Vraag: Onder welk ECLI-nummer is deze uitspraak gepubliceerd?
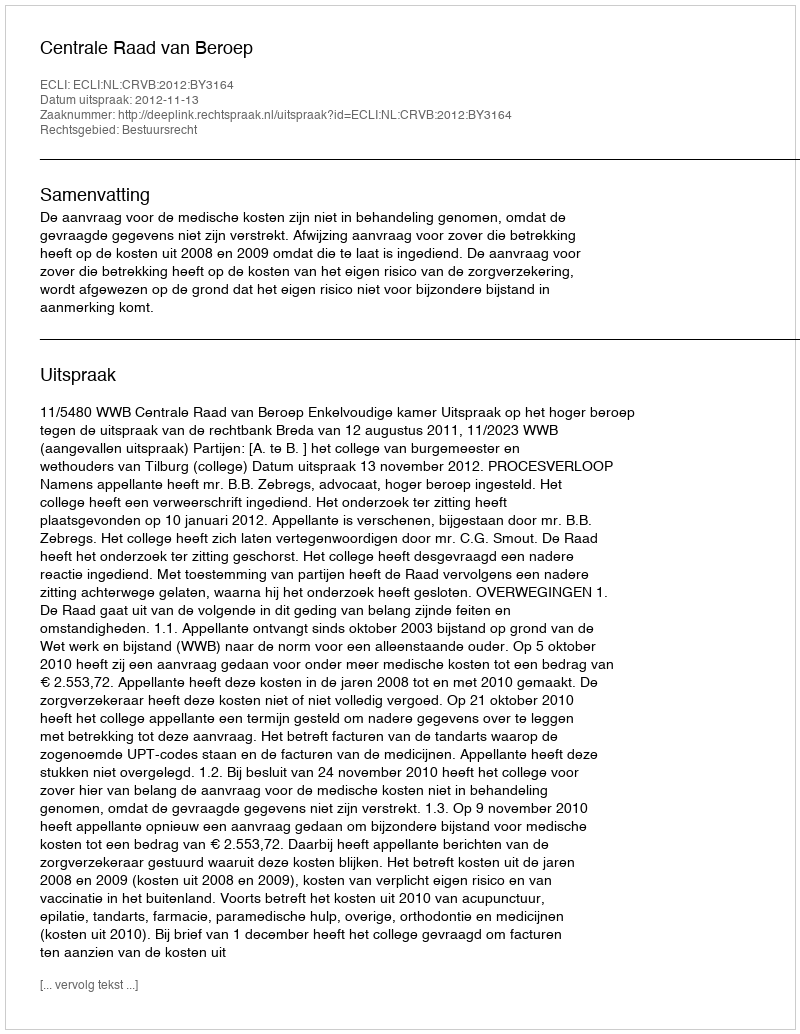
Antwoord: ECLI:NL:CRVB:2012:BY3164